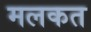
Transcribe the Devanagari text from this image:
मलकत